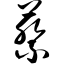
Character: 蔡